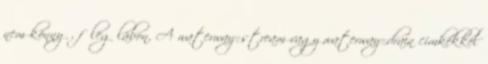
nem könnyű, főleg lábon. A waterway=stream vagy waterway=drain címkékkel